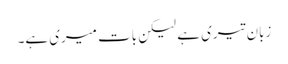
زبان تیری ہے لیکن بات میری ہے۔